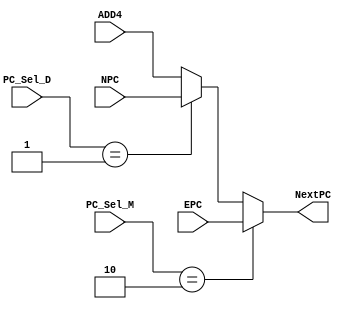
module MUX_PC(PC_Sel_D,PC_Sel_M,ADD4,NPC,EPC,NextPC);
//interface
	input [31:0] PC_Sel_D;
	input [31:0] PC_Sel_M;
	
	input [31:0] ADD4;
	input [31:0] NPC;
	input [31:0] EPC;
	
	output reg [31:0] NextPC;	//real NPC to output

//select logic
	parameter ADD4_NPC=0,
			  NPC_NPC=1,
			  CP0_EPC=2;
	
	always @(*)
		begin
			NextPC=ADD4;				//avoid latch
			if(PC_Sel_M==2)NextPC=EPC;	//i.e. eret is at MEM
			else
				begin
					case(PC_Sel_D)		//not jump until eret at MEM
						ADD4_NPC:NextPC=ADD4;
						NPC_NPC:NextPC=NPC;
					endcase
				end
		end
	
endmodule

module MUX_ALU_B(ALU_B_Sel,RT,Ext,B);
//interface
	input [31:0] ALU_B_Sel;
	
	input [31:0] RT;
	input [31:0] Ext;
	
	output reg [31:0] B;
	
//select logic
	always @(*)
		begin
			B=RT;
			case(ALU_B_Sel)
				0:B=RT;
				1:B=Ext;
			endcase
		end

endmodule

module MUX_RF_A3(RF_A3_Sel,Ins,A3);
//interface
	input [31:0] RF_A3_Sel;

	input [31:0] Ins;
	
	output reg [4:0] A3;
	
//select logic
	always @(*)
		begin
			A3=Ins[20:16];
			case(RF_A3_Sel)
				0:A3=Ins[20:16];	//RT
				1:A3=Ins[15:11];	//RD
				2:A3=32'd31;		//0x31
			endcase
		end
	
endmodule

module MUX_RF_WD(RF_WD_Sel,AO,RD,PC8,HI,LO,CP0_RD,RF_WD);
//interface
	input [31:0] RF_WD_Sel;

	input [31:0] AO;
	input [31:0] RD;
	input [31:0] PC8;
	input [31:0] HI;
	input [31:0] LO;
	input [31:0] CP0_RD;

//select logic
	output reg [31:0] RF_WD;

	always @(*)
		begin
			RF_WD=AO;
			case(RF_WD_Sel)
				0:RF_WD=AO;		//ALU.RST
				1:RF_WD=RD;		//DM.RD
				2:RF_WD=PC8;	//PC8
				3:RF_WD=HI;		//HI
				4:RF_WD=LO;		//LO
				5:RF_WD=CP0_RD;	//CP0.RD
			endcase
		end

endmodule

module MUX_RD_RAW(RD_RAW_Sel,DM_RD,Pr_RD,RD_RAW);
//interface
	input [31:0] RD_RAW_Sel;

	input [31:0] DM_RD;
	input [31:0] Pr_RD;

	output reg [31:0] RD_RAW;

//select logic
	always @(*)
		begin
			case(RD_RAW_Sel)
				0:RD_RAW=DM_RD;
				1:RD_RAW=Pr_RD;
			endcase
		end
endmodule